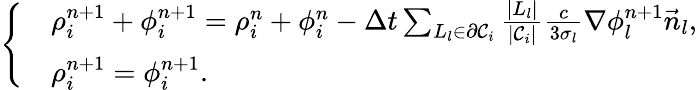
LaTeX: \left\{ \begin{array}{rl}&{\rho_{i}^{n+1}+\phi_{i}^{n+1}=\rho_{i}^{n}+\phi_{i}^{n}-\Delta t\sum_{L_{l}\in\partial\mathcal{C}_{i}}\frac{|L_{l}|}{|\mathcal{C}_{i}|}\frac{c}{3\sigma_{l}}\nabla\phi_{l}^{n+1}\vec{n}_{l},}\\ &{\rho_{i}^{n+1}=\phi_{i}^{n+1}.}\end{array}\right.